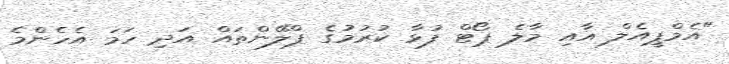
"އެމްޕީއެލް އާއި މާލެ ޕޯޓް ފުޅާ ކުރުމުގެ ޕްލޭންތައް އަދި ހަމަ އެހެންމެ